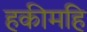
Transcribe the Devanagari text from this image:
हकीमहि